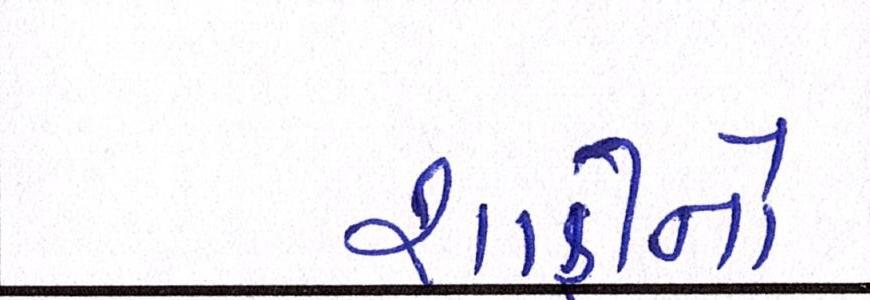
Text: શાહીનો